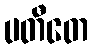
ပတီတေ